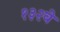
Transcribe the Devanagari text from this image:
१३२वे